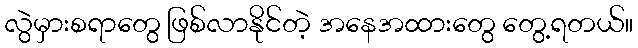
လွဲမှားစရာတွေ ဖြစ်လာနိုင်တဲ့ အနေအထားတွေ တွေ့ရတယ်။